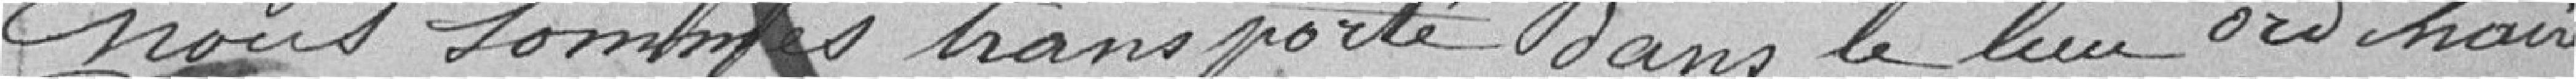
nous sommes transporté dans le lieu ordinaire